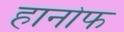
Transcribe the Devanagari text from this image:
हानोफ